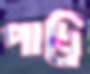
পাদ্র্রি